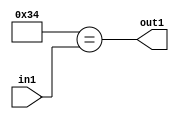
`timescale 1ps / 1ps
/*****************************************************************************
    Verilog RTL Description
    
    
    Created by: Stratus DpOpt 21.05.01 
*******************************************************************************/

module dut_Equal_1U_67_4 (
	in1,
	out1
	); /* architecture "behavioural" */ 
input [5:0] in1;
output  out1;
wire  asc001;

assign asc001 = (11'B00000110100==in1);

assign out1 = asc001;
endmodule

/* CADENCE  urb2Swk= : u9/ySxbfrwZIxEzHVQQV8Q== ** DO NOT EDIT THIS LINE ******/